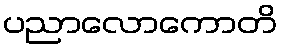
ပညာလောကောတိ